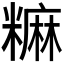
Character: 𫃎